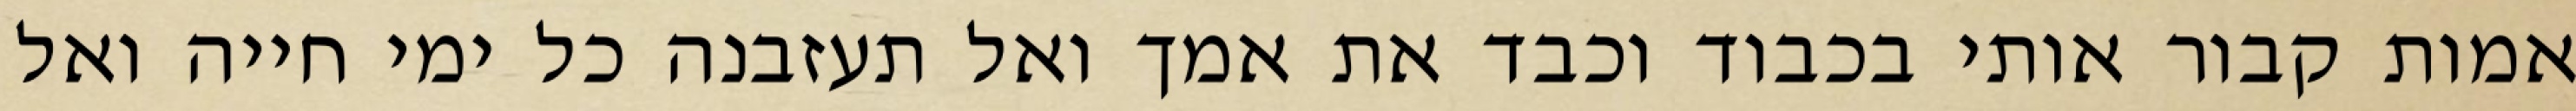
אמות קבור אותי בכבוד וכבד את אמך ואל תעזבנה כל ימי חייה ואל